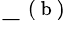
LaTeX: -^{\mathrm{~(~b~)~}}